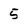
Character: 5